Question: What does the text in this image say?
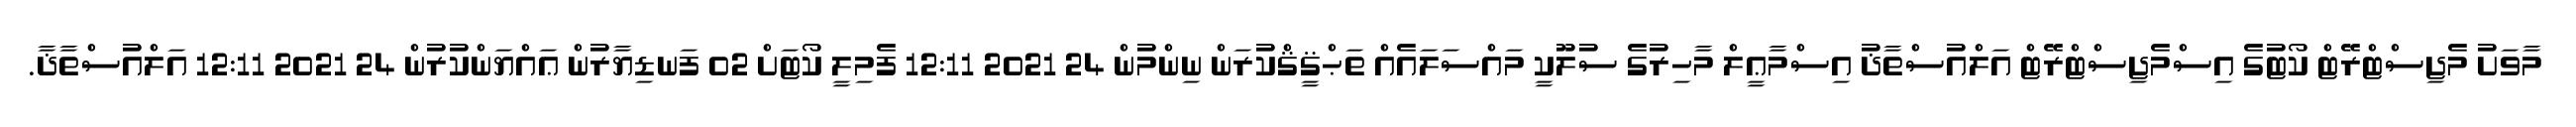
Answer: މާވަށު މެޖިސްޓްރޭޓް ކޯޓުގެ އިސްމެޖިސްޓްރޭޓް އަލްއުސްތާޛު އިސްމާޢީލް މާހިރުގެ ސުލޫކީ މައްސަލައެއް ތަޙްޤީޤްކުރަން ނިންމުން 24 2021 12:11 ފެމިލީ ކޯޓަށް 02 ފަނޑިޔާރުން ޢައްޔަންކުރުން 24 2021 12:11 އަލްއުސްތާޛާ.